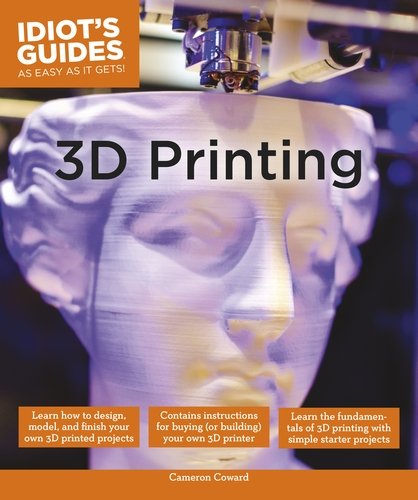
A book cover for Idiot's Guides: 3D Printing; Cameron Coward; Computers & Technology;